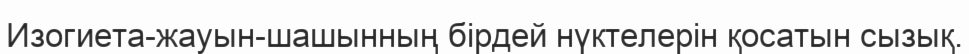
Изогиета-жауын-шашынның бірдей нүктелерін қосатын сызық.